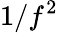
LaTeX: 1/f^{2}